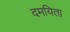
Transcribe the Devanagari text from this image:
दमयिता